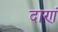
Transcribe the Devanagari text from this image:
दाणं